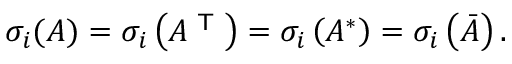
\sigma _ { i } ( A ) = \sigma _ { i } \left( A ^ { \textsf { T } } \right) = \sigma _ { i } \left( A ^ { * } \right) = \sigma _ { i } \left( { \bar { A } } \right) .